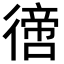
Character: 𢕮